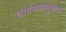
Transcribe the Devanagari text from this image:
तापमानानुसारच